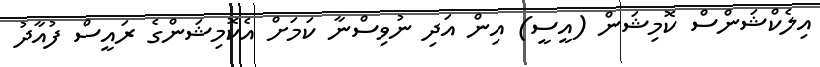
އިލެކްޝަންސް ކޮމިޝަން (އީސީ) އިން އަދި ނުވިސްނާ ކަމަށް އެކޮމިޝަންގެ ރައީސް ފުއާދު